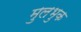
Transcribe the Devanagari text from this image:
मुलभुक